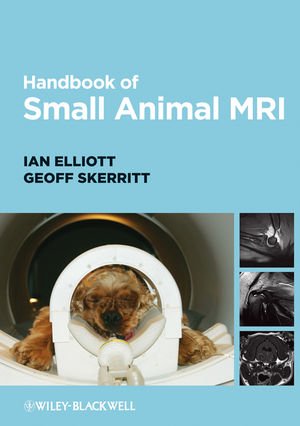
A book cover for Handbook of Small Animal MRI; Ian Elliott; Medical Books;